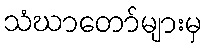
သံဃာတော်များမှ